Indian journal of veterinary science and animal husbandry - Volume 2,
Year: 1932
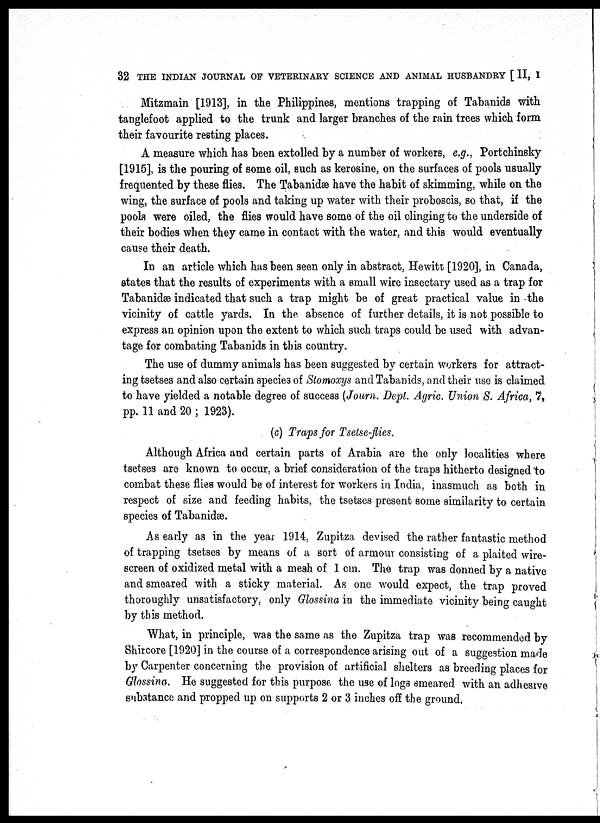
32 THE INDIAN JOURNAL OF VETERINARY SCIENCE AND ANIMAL HUSBANDRY [ II, I
Mitzmain [1913], in the Philippines, mentions trapping of Tabanids with
tanglefoot applied to the trunk and larger branches of the rain trees which form
their favourite resting places.
A measure which has been extolled by a number of workers, e.g., Portchinsky
[1915], is the pouring of some oil, such as kerosine, on the surfaces of pools usually
frequented by these flies. The Tabanidæ have the habit of skimming, while on the
wing, the surface of pools and taking up water with their proboscis, so that, if the
pools were oiled, the flies would have some of the oil clinging to the underside of
their bodies when they came in contact with the water, and this would eventually
cause their death.
In an article which has been seen only in abstract, Hewitt [1920], in Canada,
states that the results of experiments with a small wire insectary used as a trap for
Tabanidæ indicated that such a trap might be of great practical value in the
vicinity of cattle yards. In the absence of further details, it is not possible to
express an opinion upon the extent to which such traps could be used with advan-
tage for combating Tabanids in this country.
The use of dummy animals has been suggested by certain workers for attract-
ing tsetses and also certain species of Stomoxys and Tabanids, and their use is claimed
to have yielded a notable degree of success (Journ. Dept. Agric. Union S. Africa, 7,
pp. 11 and 20 ; 1923).
(c) Traps for Tsetse-flies.
Although Africa and certain parts of Arabia are the only localities where
tsetses are known to occur, a brief consideration of the traps hitherto designed to
combat these flies would be of interest for workers in India, inasmuch as both in
respect of size and feeding habits, the tsetses present some similarity to certain
species of Tabanidæ.
As early as in the year 1914, Zupitza devised the rather fantastic method
of trapping tsetses by means of a sort of armour consisting of a plaited wire-
screen of oxidized metal with a mesh of 1 cm. The trap was donned by a native
and smeared with a sticky material. As one would expect, the trap proved
thoroughly unsatisfactory, only Glossina in the immediate vicinity being caught
by this method.
What, in principle, was the same as the Zupitza trap was recommended by
Shircore [1920] in the course of a correspondence arising out of a suggestion made
by Carpenter concerning the provision of artificial shelters as breeding places for
Glossina. He suggested for this purpose the use of logs smeared with an adhesive
substance and propped up on supports 2 or 3 inches off the ground.